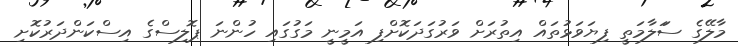
މާލޭގެ ސަަލާމަތީ ފިޔަވަޅުތައް އިތުރަށް ވަރުގަދަކޮށްފި އަމީނީ މަގުގައި ހުންނަ ޕޮލިސްގެ އިސްކަންދަރުކޮށި